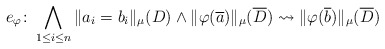
\begin{align*}e_\varphi\colon \bigwedge_{1\leq i \leq n} \|a_i = b_i\|_{\mu}(D) \wedge \|\varphi(\overline a)\|_{\mu}(\overline D) \leadsto \|\varphi(\overline b)\|_{\mu}(\overline D)\end{align*}